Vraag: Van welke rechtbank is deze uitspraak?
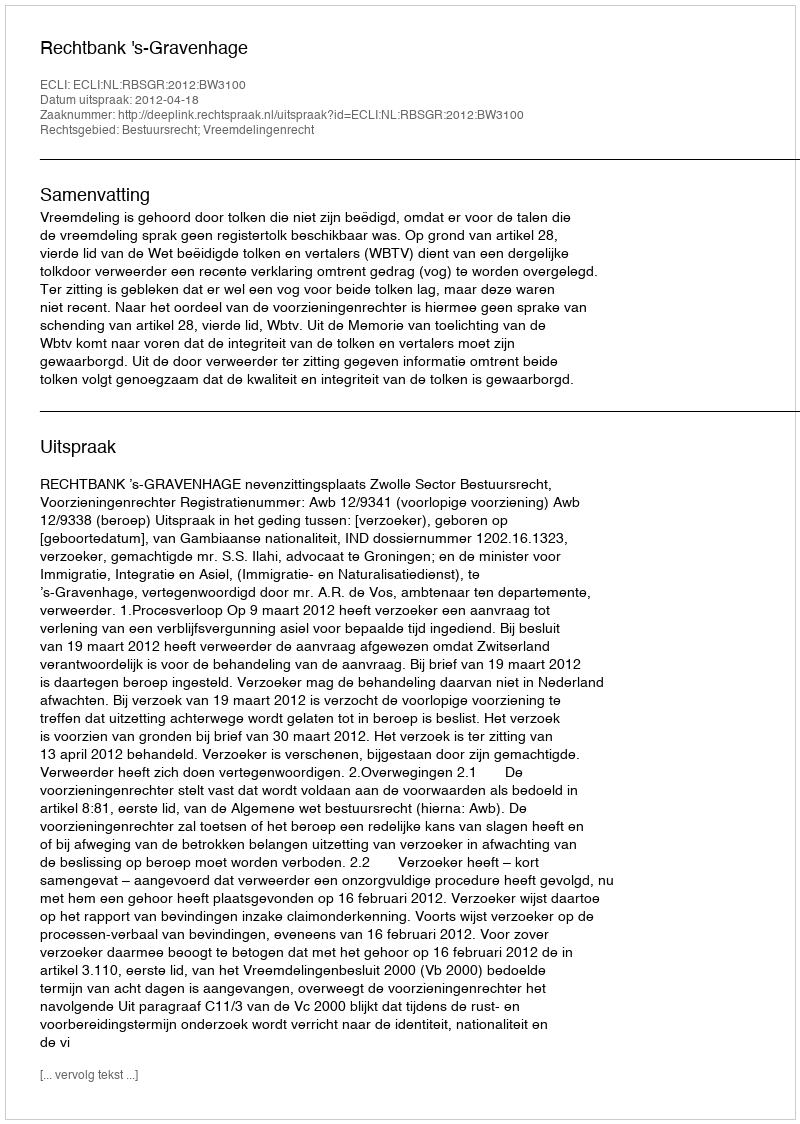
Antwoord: Rechtbank 's-Gravenhage